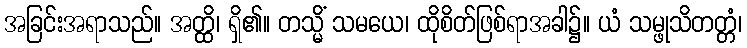
အခြင်းအရာသည်။ အတ္ထိ၊ ရှိ၏။ တသ္မိံ သမယေ၊ ထိုစိတ်ဖြစ်ရာအခါ၌။ ယံ သမ္ဖုသိတတ္တံ၊